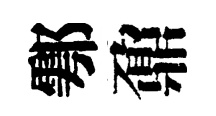
鄠鼐